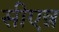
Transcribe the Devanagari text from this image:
सीएन्न